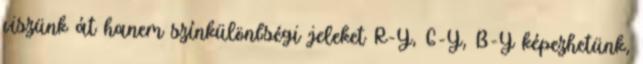
viszünk át hanem színkülönbségi jeleket R-Y, G-Y, B-Y képezhetünk,